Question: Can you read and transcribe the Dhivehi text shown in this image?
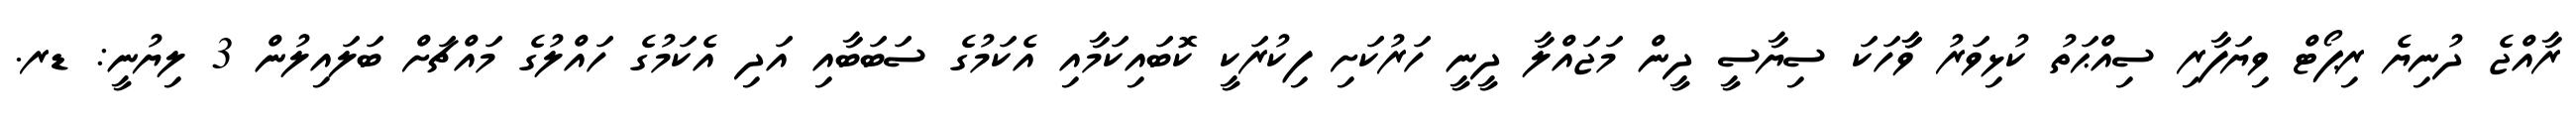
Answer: ރާއްޖެ ދުނިޔެ ރިޕޯޓް ވިޔަފާރި ސިއްޙަތު ކުޅިވަރު ވާާހަކަ ސިޔާސީ ދީން މަޖައްލާ ދީނީ ހަރުކަށި ފިކުރަކީ ކޮބައިކަމާއި އެކަމުގެ ސަބަބާއި އަދި އެކަމުގެ ހައްލުގެ މައްޗަށް ބަލައިލުން 3 ލިޔުނީ: ޑރ.